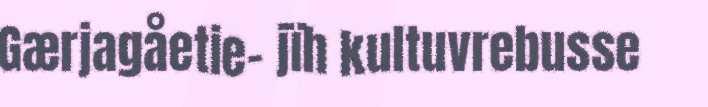
Gærjagåetie- jïh kultuvrebusse